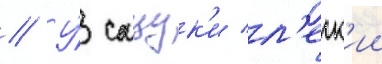
// У́ сацук'и л'егк'ии